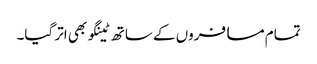
تمام مسافروں کے ساتھ ٹینگو بھی اتر گیا۔